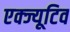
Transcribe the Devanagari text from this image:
एक्ज्यूटिव